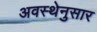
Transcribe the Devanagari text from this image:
अवस्थेनुसार